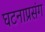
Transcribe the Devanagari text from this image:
घटनाप्रसंग